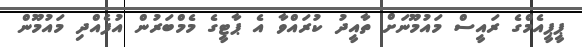
ޕީޕީއެމްގެ ރައީސް މައުމޫނަށް ތާއީދު ކުރައްވާ އެ ޕާޓީގެ މެމްބަރުން އުފެއްދި މައުމޫން